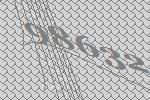
98632